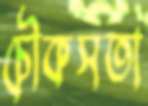
চৌকসতা